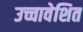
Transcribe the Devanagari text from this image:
उच्चावेशित